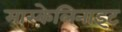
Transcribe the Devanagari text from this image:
मास्केलिनाइट